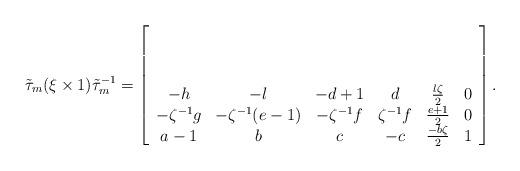
LaTeX: \begin{align*}\tilde{\tau}_m(\xi\times 1)\tilde{\tau}_m^{-1}=\left[\begin{array}{cccccc} & & & & & \\ & & & & & \\ & & & & & \\-h & -l & -d+1 & d & \frac{l\zeta}{2} & 0\\-\zeta^{-1}g & -\zeta^{-1}(e-1) & -\zeta^{-1}f & \zeta^{-1}f & \frac{e+1}{2} & 0\\a-1 & b & c & -c & \frac{-b\zeta}{2} & 1\end{array}\right].\end{align*}